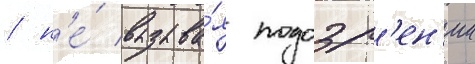
/ н'е́ вызыва́я подозр'ен'ии